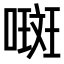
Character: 𫫨